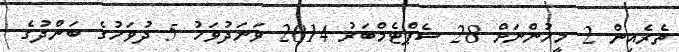
ތެރެއިން 2 މީހުންނަށް 28 ސެޕްޓެމްބަރު 2014 ވަނަދުވަހު 5 ދުވަހުގެ ބަންދުގެ